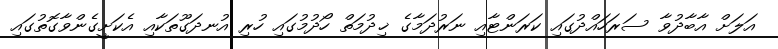
އަލަށް އާބާދުވާ ސަރަހައްދުގައި ކަރަންޓާއި ނަރުދަމާގެ ޚިދުމަތް ހޯދުމުގައި ހުރި އުނދަގޫތަކާއި އެކަށީގެންވާގޮތުގައި